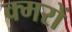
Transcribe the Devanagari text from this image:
क्मरों